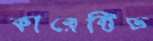
কারেক্টিভ